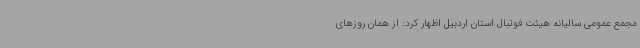
مجمع عمومی سالیانه هیئت فوتبال استان اردبیل اظهار کرد: از همان روزهای